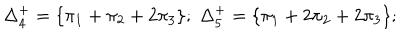
LaTeX: \Delta _ { 4 } ^ { + } = \{ \pi _ { 1 } + \pi _ { 2 } + 2 \pi _ { 3 } \} ; \; \Delta _ { 5 } ^ { + } = \{ \pi _ { 1 } + 2 \pi _ { 2 } + 2 \pi _ { 3 } \} ;